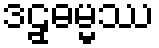
ဒဠှဓမ္မဿ